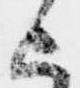
上